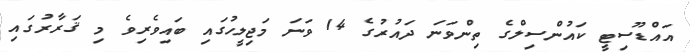
އައްޑޫސިޓީ ކައުންސިލްގެ ތިންވަނަ ދައުރުގެ 14 ވަނަ މަޖިލީހުގައި ބައިވެރިވެ މި ޤަރާރުގައި